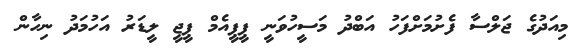
މިއަދުގެ ޖަލްސާ ފެށުމަށްފަހު އަބްދު މަސީހުވަނީ ޕީޕީއެމް ޕީޖީ ލީޑަރު އަހުމަދު ނިހާން